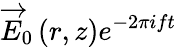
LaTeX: \overrightarrow{E}_{0}\left(r,z\right)e^{-2\pi ift}